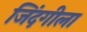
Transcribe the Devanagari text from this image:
जिंदगीला